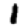
Digit: 1